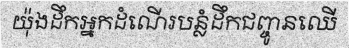
យ៉ុងដឹកអ្នកដំណើរបន្លំដឹកជញ្ចូនឈើ